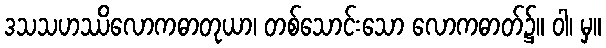
ဒသသဟဿိလောကဓာတုယာ၊ တစ်သောင်းသော လောကဓာတ်၌။ ဝါ၊ မှ။